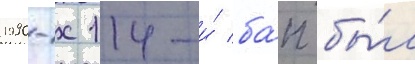
1990-х 114-и́ ба́п бы́л